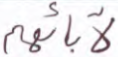
لآبائهم